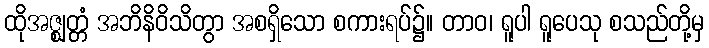
ထိုအဇ္ဈတ္တံ အဘိနိဝိသိတွာ အစရှိသော စကားရပ်၌။ တာဝ၊ ရူပါ ရူပေသု စသည်တို့မှ